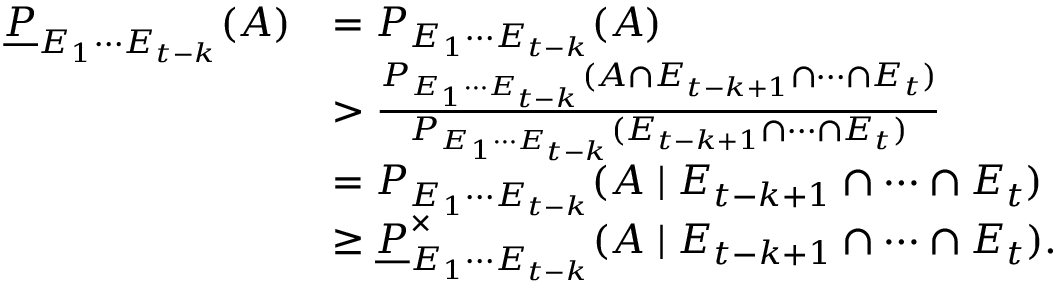
\begin{array} { r l } { \underline { { P } } _ { E _ { 1 } \cdots E _ { t - k } } ( A ) } & { = P _ { E _ { 1 } \cdots E _ { t - k } } ( A ) } \\ & { > \frac { P _ { E _ { 1 } \cdots E _ { t - k } } ( A \cap E _ { t - k + 1 } \cap \cdots \cap E _ { t } ) } { { P } _ { E _ { 1 } \cdots E _ { t - k } } ( E _ { t - k + 1 } \cap \cdots \cap E _ { t } ) } } \\ & { = P _ { E _ { 1 } \cdots E _ { t - k } } ( A \mid E _ { t - k + 1 } \cap \cdots \cap E _ { t } ) } \\ & { \geq \underline { { P } } _ { E _ { 1 } \cdots E _ { t - k } } ^ { \times } ( A \mid E _ { t - k + 1 } \cap \cdots \cap E _ { t } ) . } \end{array}